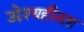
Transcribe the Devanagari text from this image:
उद्देश्यहीनता